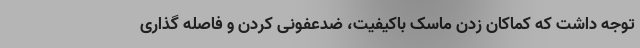
توجه داشت که کماکان زدن ماسک باکیفیت، ضدعفونی کردن و فاصله گذاری